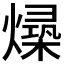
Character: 𪹻